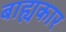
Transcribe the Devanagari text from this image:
बाह्यकार